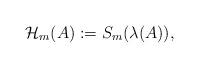
LaTeX: \begin{align*} \mathcal{ H}_m(A):=S_m(\lambda(A)),\end{align*}